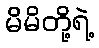
မိမိတို့ရဲ့